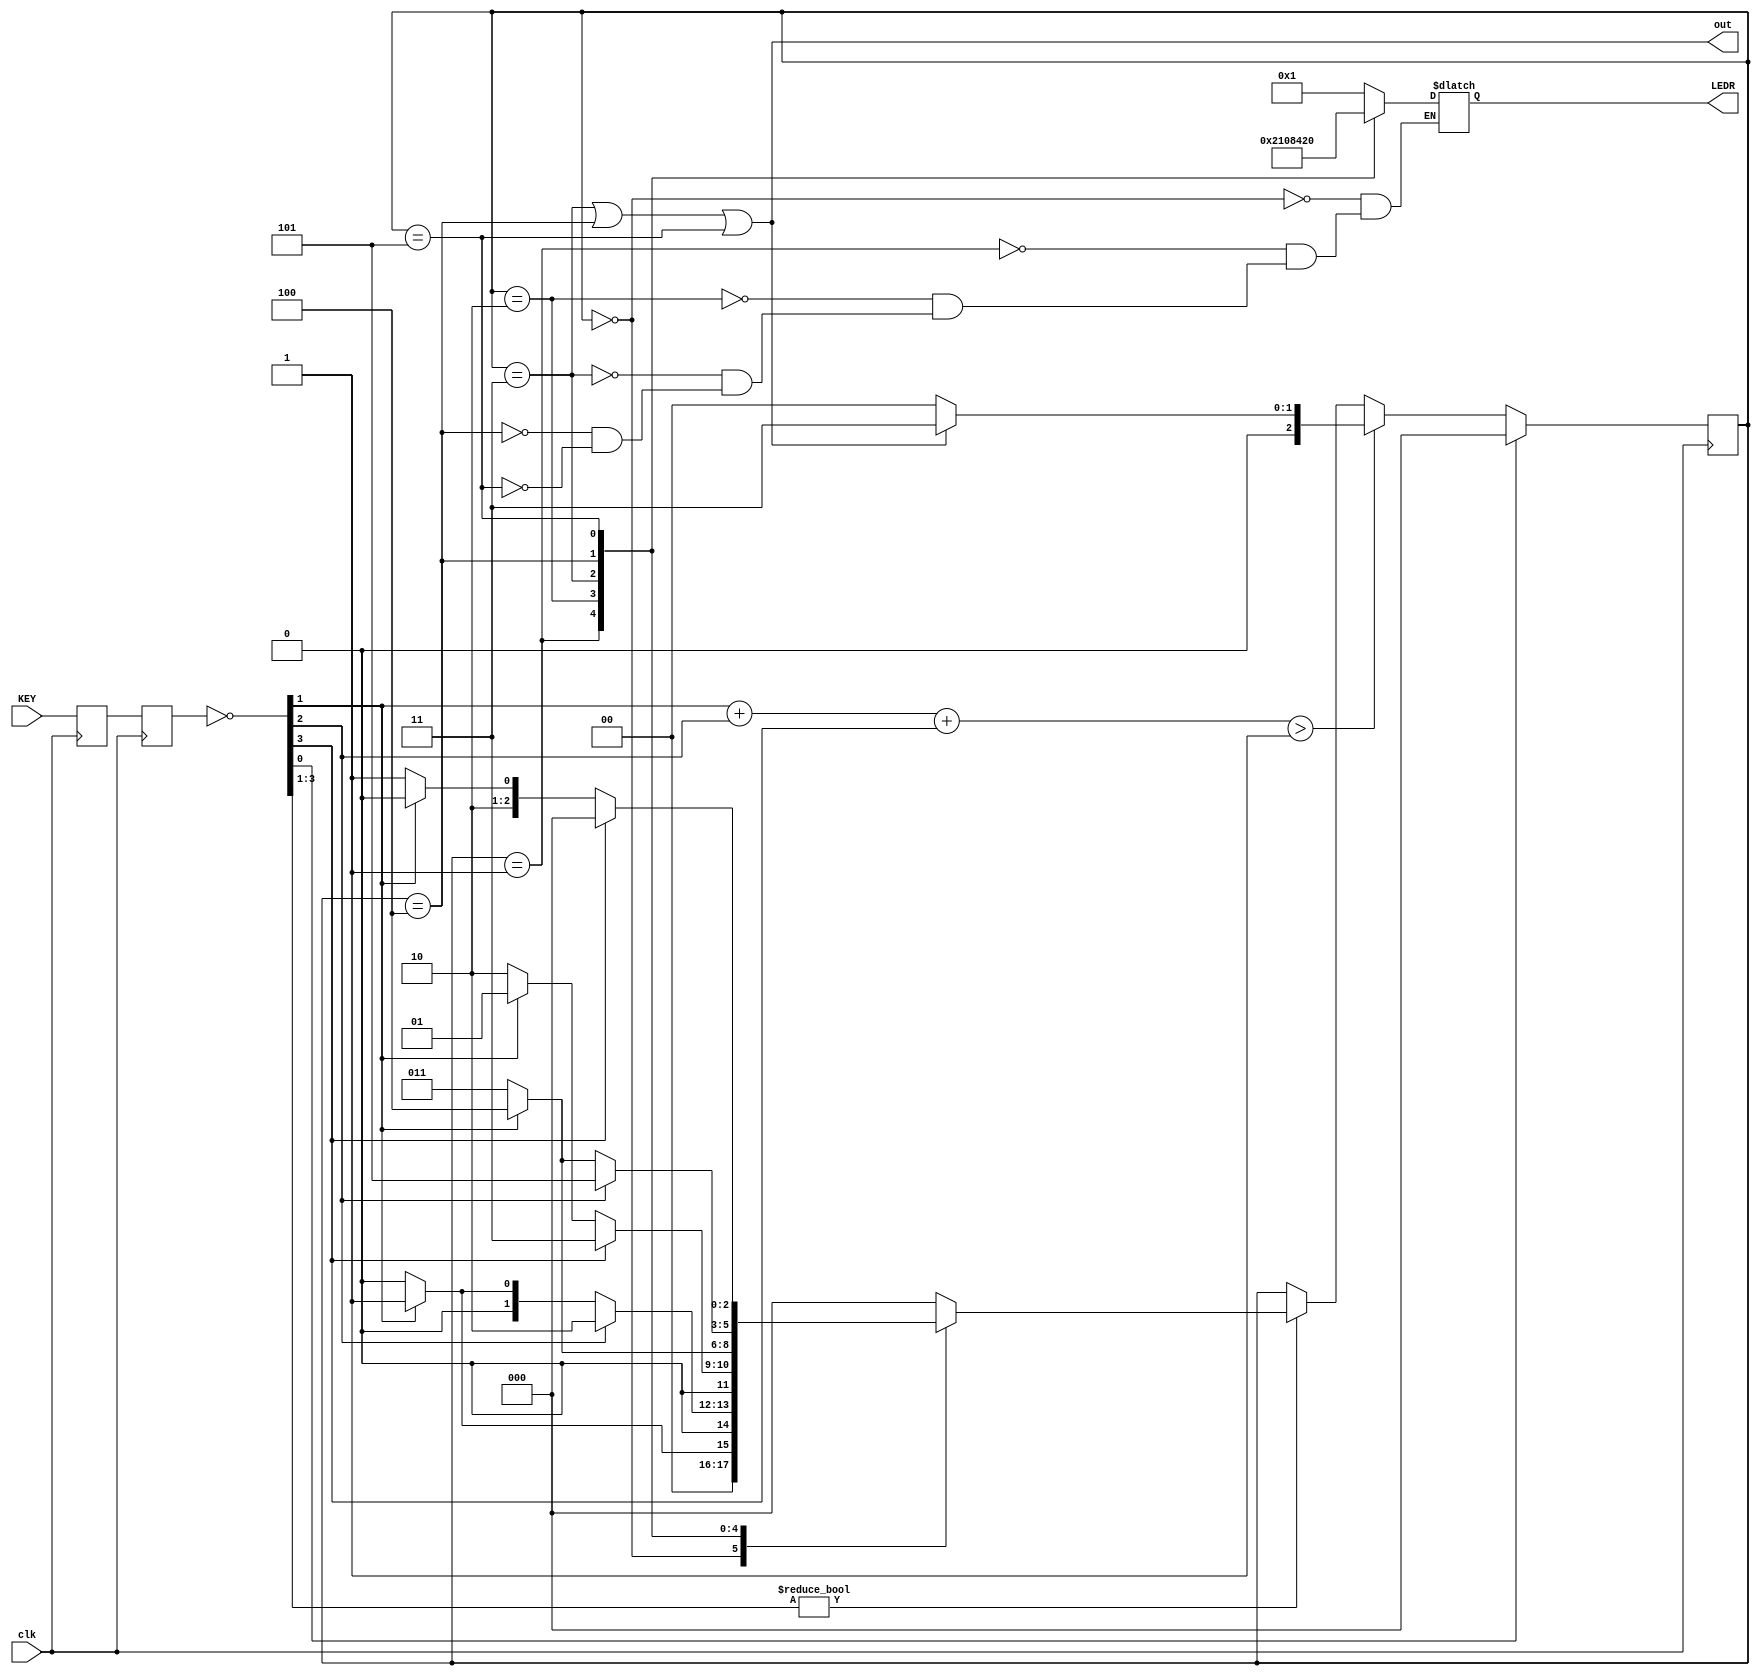
module MyFSM(input clk, input [3:0]KEY, output reg [5:0] LEDR, output out);
	localparam A_off = 3'd0; 
	localparam B_off = 3'd1; 
	localparam C_off = 3'd2; 
	localparam A_on = 3'd3; 
	localparam B_on = 3'd4;
	localparam C_on = 3'd5;
	
	reg [2:0] state = A_off, next_state;
	reg [3:0] KEYA, KEYB;
	wire [3:0] IN = ~KEYB;
	wire reset = IN[0]; 
	wire invalid = (IN[1]+IN[2]+IN[3] > 1);
	
	always @(posedge clk) begin
		KEYA <= KEY;
		KEYB <= KEYA;
	end

	always @(posedge clk)
		if (reset) state <= A_off;
		else state <= next_state;
		
	always @(*) begin
		next_state = state;
		if (IN[3:1])
		case (state) 
			A_off: next_state = IN[1] ? B_off : A_off; 
			B_off: next_state = IN[2] ? C_off : (IN[1] ? B_off : A_off); 
			C_off: next_state = IN[3] ? A_on : (IN[1] ? B_off : C_off);
			A_on: next_state = IN[1] ? B_on : A_on; 
			B_on: next_state = IN[2] ? C_on : (IN[1] ? B_on : A_on); 
			C_on: next_state = IN[3] ? A_off : (IN[1] ? B_on : C_on);
			default: next_state = A_off;  
		endcase
		
		if (invalid) next_state = out ? A_on : A_off;
	end
	assign out = (state == A_on) || (state == B_on) || (state == C_on); 
	always @(*)
			case (state)
				A_off : LEDR = 6'b00_0001;
				B_off : LEDR = 6'b00_0010;
				C_off : LEDR = 6'b00_0100;
				A_on : LEDR = 6'b00_1000;
				B_on : LEDR = 6'b01_0000;
				C_on : LEDR = 6'b10_0000;
			endcase
endmodule